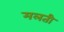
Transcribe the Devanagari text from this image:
मलती